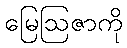
မြေဩဇာကို